Civil Veterinary Department Bengal reports 1923-33 - 1923-1933
Year: 1923
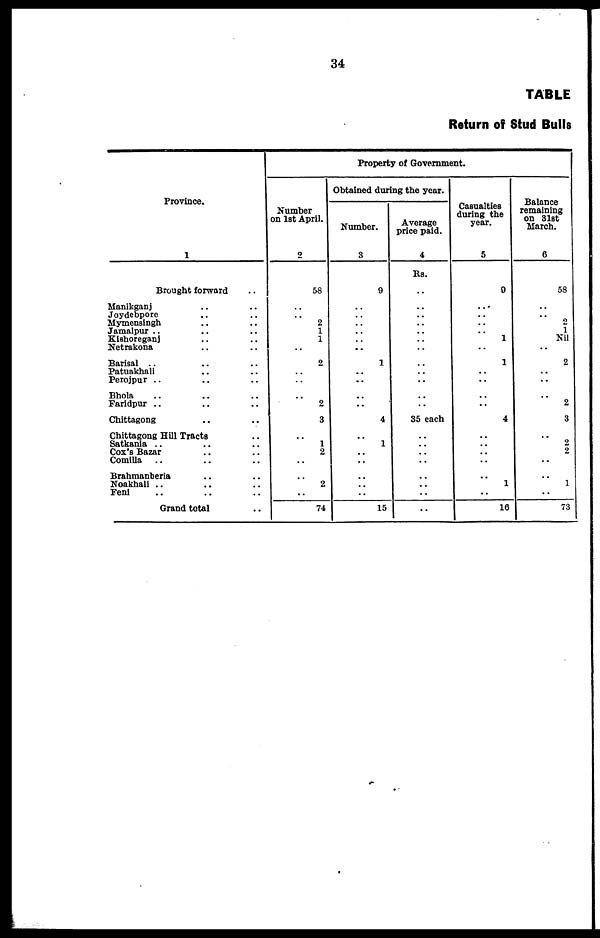
34
TABLE
Return of Stud Bulls
Province.
1
Brought forward ..
Manikganj .. ..
Joydebpore .. ..
Mymensingh .. ..
Jamalpur .. .. ..
Kishoreganj .. ..
Netrakona .. ..
Barisal .. .. ..
Patuakhali .. ..
Perojpur .. .. ..
Bhola .. .. ..
Faridpur .. .. ..
Chittagong .. ..
Chittagong Hill Tracts ..
Satkania .. .. ..
Cox's Bazar
Comilla .. .. ..
Brahmanberia .. ..
Noakhali .. .. ..
Feni .. .. ..
Grand total ..
Property of Government.
Number
on 1st April.
2
58
..
..
2
1
1
..
2
..
..
..
2
3
..
1
2
..
..
2
..
74
Obtained during the year.
Number.
3
9
..
..
..
..
..
..
1
..
..
..
..
4
..
1
..
..
..
..
..
15
Average
price paid.
4
Rs.
..
..
..
..
..
..
..
..
..
..
..
..
35 each
..
..
..
..
..
..
..
..
Casualties
during the
year.
5
9
..
..
..
..
1
..
1
..
..
..
..
4
..
..
..
..
..
1
..
16
Balance
remaining
on 31st
March.
6
58
..
..
2
1
Nil
..
2
..
..
2
3
..
2
2
..
..
1
..
73